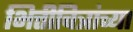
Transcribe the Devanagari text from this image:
भित्तीचित्रांच्या